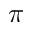
\pi